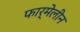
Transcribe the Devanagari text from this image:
फार्मेलीन